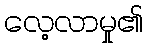
လေ့လာမှု၏